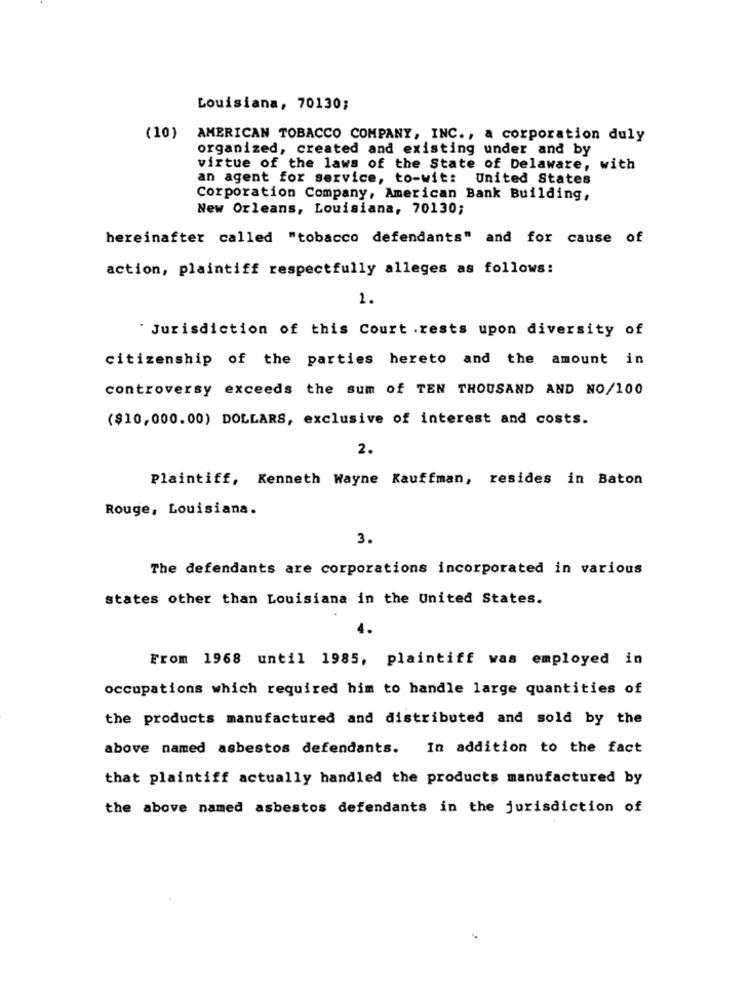
Louisiana, 70130;
(10)
AMERICAN TOBACCO COMPANY, INC ., a corporation duly
organized, created and existing under and by
virtue of the laws of the State of Delaware,
with
an agent for service, to-wit: United States
Corporation Company, American Bank Building,
New Orleans, Louisiana, 70130;
hereinafter called "tobacco defendants" and for cause of
action, plaintiff respectfully alleges as follows:
1.
Jurisdiction of this Court .rests upon diversity of
citizenship of the parties hereto and the amount in
controversy exceeds the sum of TEN THOUSAND AND NO/100
($10,000.00) DOLLARS, exclusive of interest and costs.
2.
Plaintiff, Kenneth Wayne Kauffman, resides in Baton
Rouge, Louisiana.
3.
The defendants are corporations incorporated in various
states other than Louisiana in the United States.
4.
From 1968 until 1985, plaintiff was employed in
occupations which required him to handle large quantities of
the products manufactured and distributed and sold by the
above named asbestos defendants. In addition to the fact
that plaintiff actually handled the products manufactured by
the above named asbestos defendants in the jurisdiction of